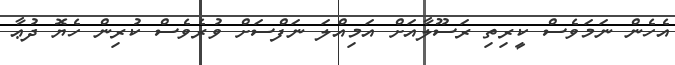
އެހެން ނަމަވެސް ކީރިތި ރަސޫލާއަށް އަމިއްލަ ނަފްސަށް ވުރެވެސް ކުރިން ހެޔޮ ދުޢާ